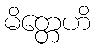
မိတ္တေဟိ